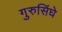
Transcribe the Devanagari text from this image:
गुरुसिंघे